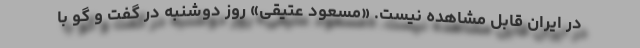
در ایران قابل مشاهده نیست. «مسعود عتیقی» روز دوشنبه در گفت و گو با